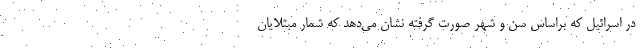
در اسرائیل که براساس سن و شهر صورت گرفته نشان می‌دهد که شمار مبتلایان